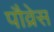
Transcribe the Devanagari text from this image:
पौव्रेस